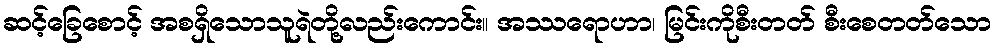
ဆင့်ခြေစောင့် အစရှိသောသူရဲတို့လည်းကောင်း။ အဿရောဟာ၊ မြင်းကိုစီးတတ် စီးစေတတ်သော